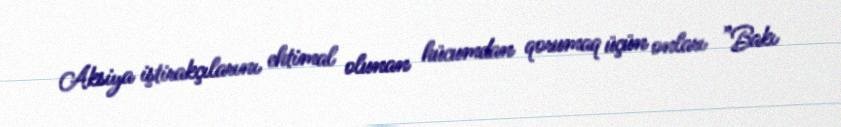
Aksiya iştirakçılarını ehtimal olunan hücumdan qorumaq üçün onları ”Bakı